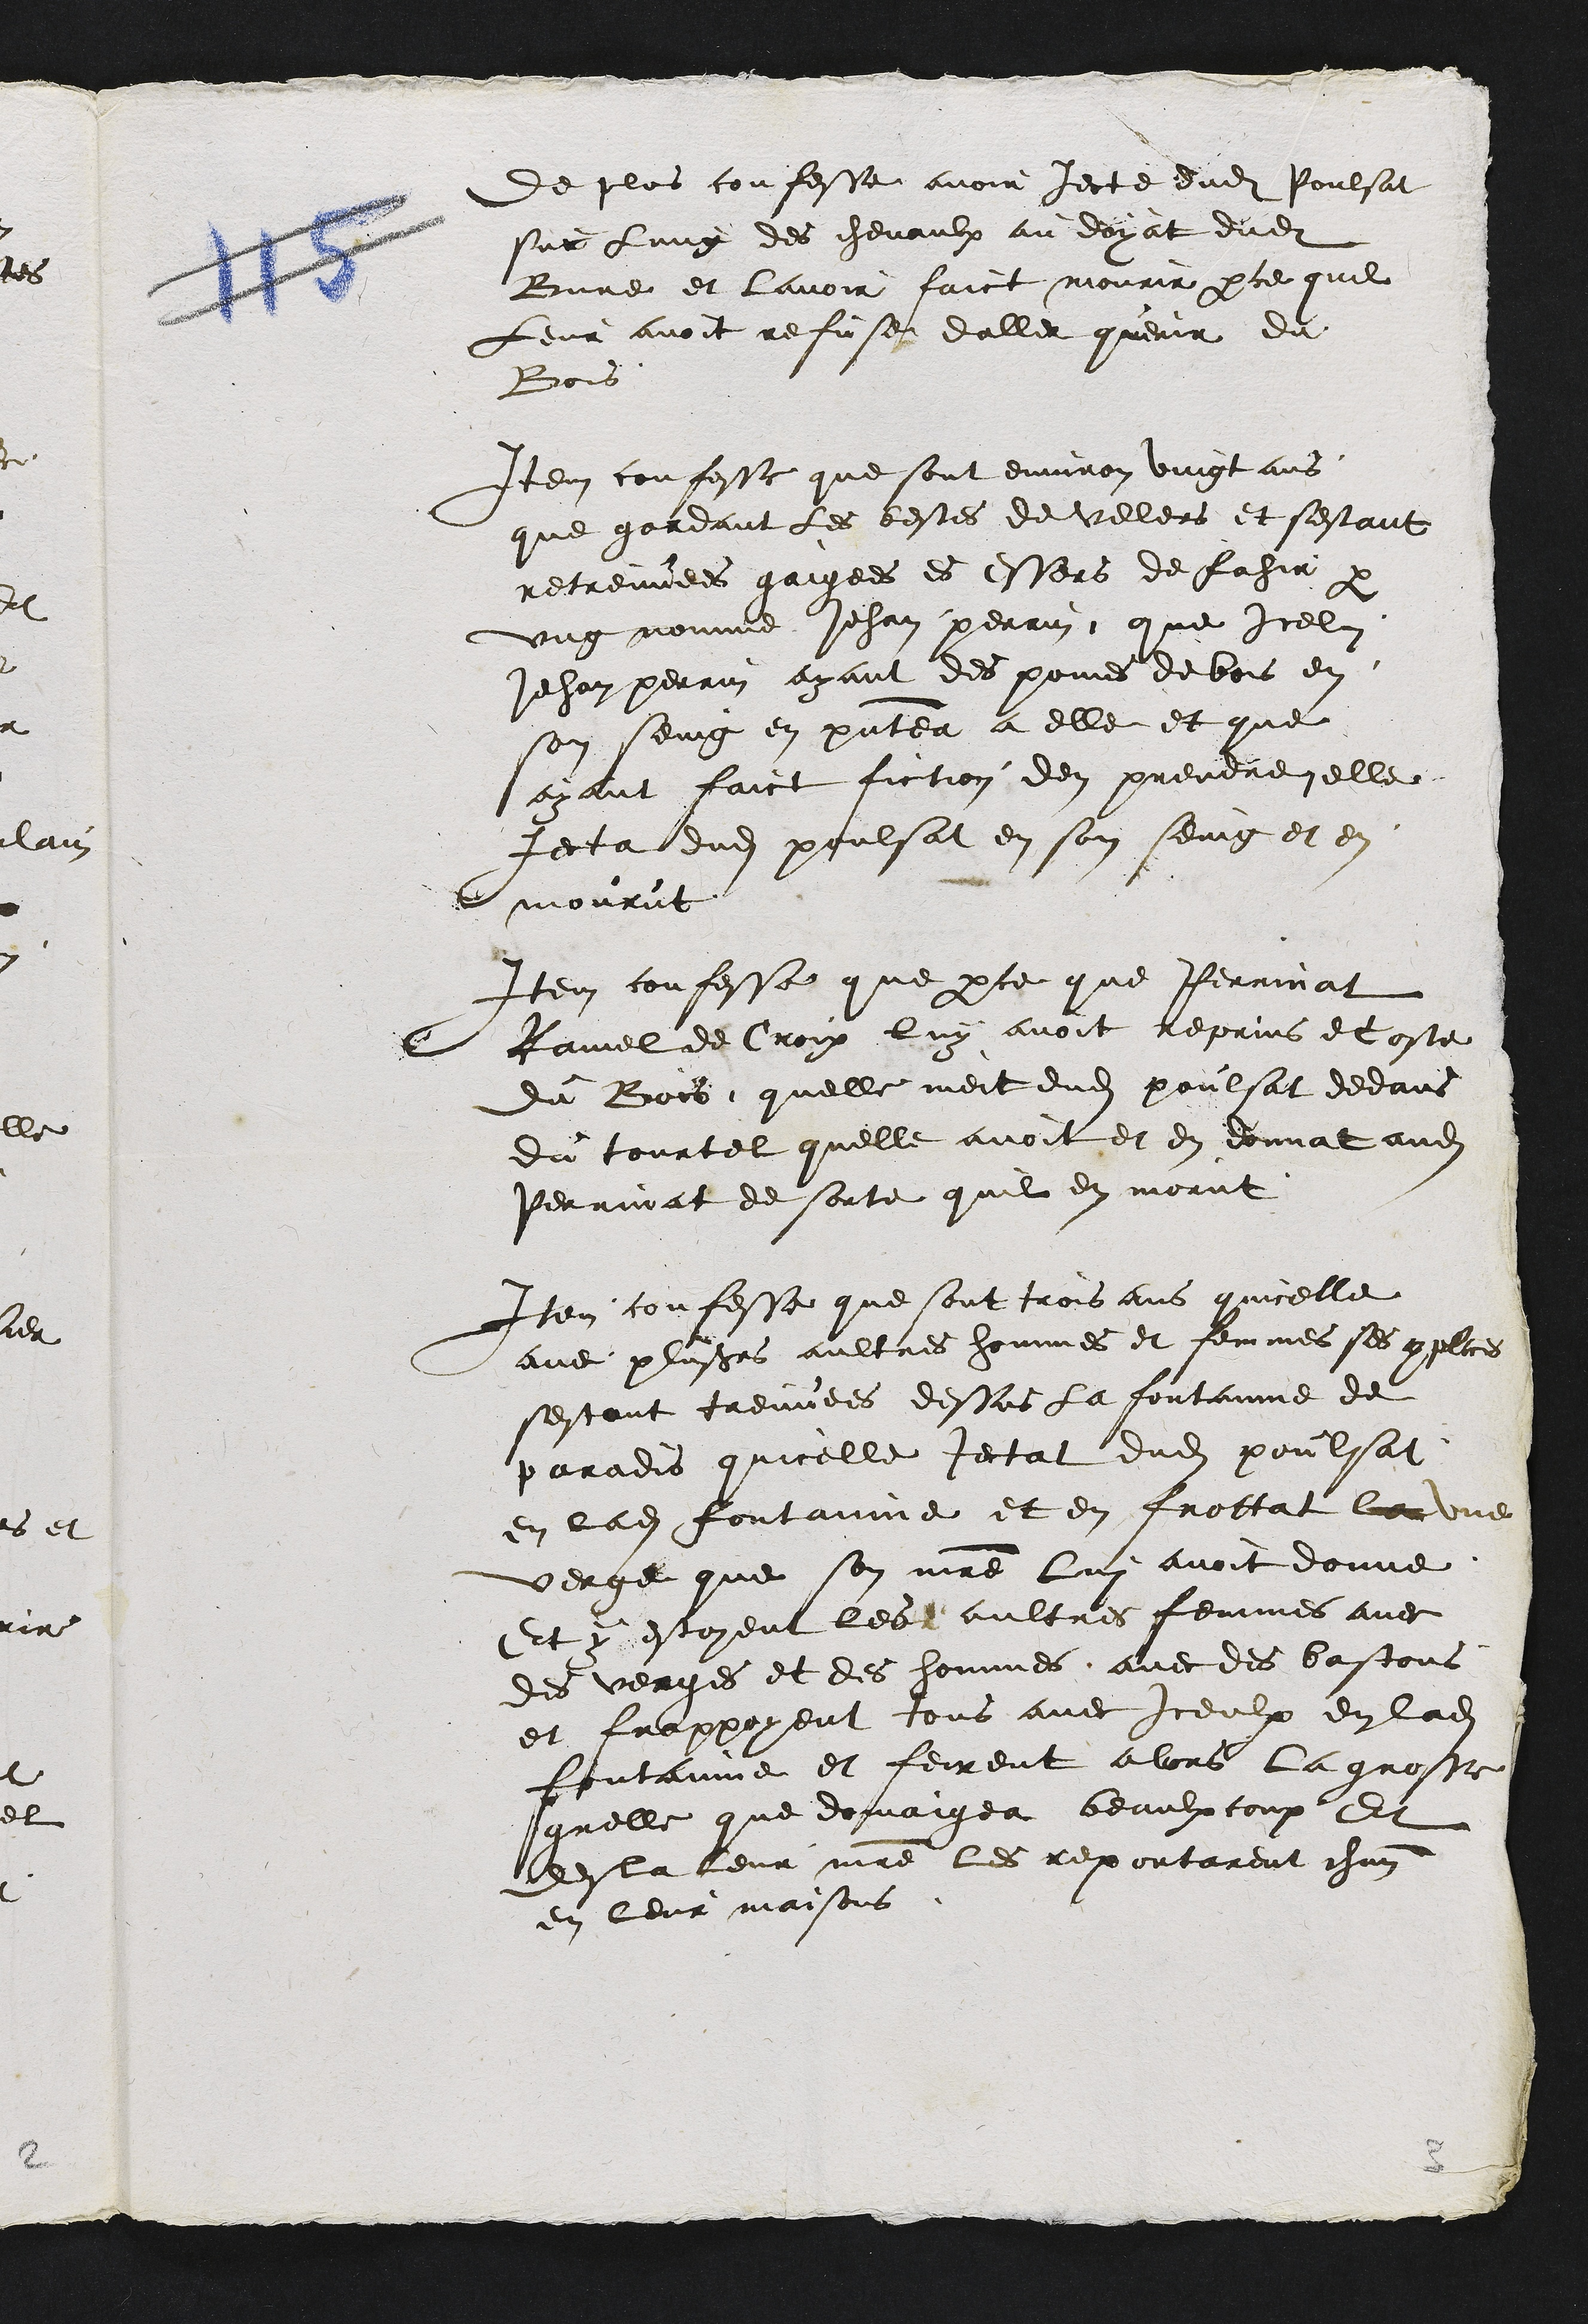
De plus confesse avoir jecte dudit Poulsat
sur lung des chevaulx au doyat dudit
Bure et lavoir faict mourir par ce que
Leur avoit refuse daller querir du
Bois
Item confesse que sont environ vint ans
que gardant les bestes de Villers et sestant
retreuvees gaigees es Essers de Fahir
ung nomme Jehan perrin que Icelui
Jehan perrin ayant des pomes de bois en
son seing en presentea a elle et que
ayant faict fiction den prendre elle
Jecta dudit poulsat en son seing et en
mourut
Item confesse que parce que Perrinat
Ramel de Croix luy avoit reprins et oste
du Bois quelle meit dudit poulsat dedans
du tourtel quelle avoit et en donnat audit
Perrinat de sorte quil en morut
Item confesse que sont trois ans quicelle
avec plusieurs aultres hommes et femmes ses complices
sestant treuvees dessus la fontaine de
paradis quicelle Jecta dudit poulsat
en ladite fontaine et en frottat la une
verge que son maitre lui avoit donne
Et y estoyent les aultres femmes avec
des verges et des hommes avec des bastons
et frappoyent tous avec Iceulx en ladite
fontainne et feirent alors la grosse
grelle que domaigea beaulxcoup Et
desla leur maitre les reportarent chacun
en leur maisons